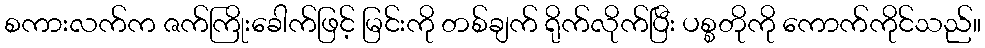
စကားလက်က ဇက်ကြိုးခေါက်ဖြင့် မြင်းကို တစ်ချက် ရိုက်လိုက်ပြီး ပစ္စတိုကို ကောက်ကိုင်သည်။